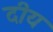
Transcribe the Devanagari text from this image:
दीय